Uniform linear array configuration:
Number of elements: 24
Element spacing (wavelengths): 0.25
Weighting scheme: binomial
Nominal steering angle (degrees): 30
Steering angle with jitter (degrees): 29.71
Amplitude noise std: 0.05
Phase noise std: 0.05

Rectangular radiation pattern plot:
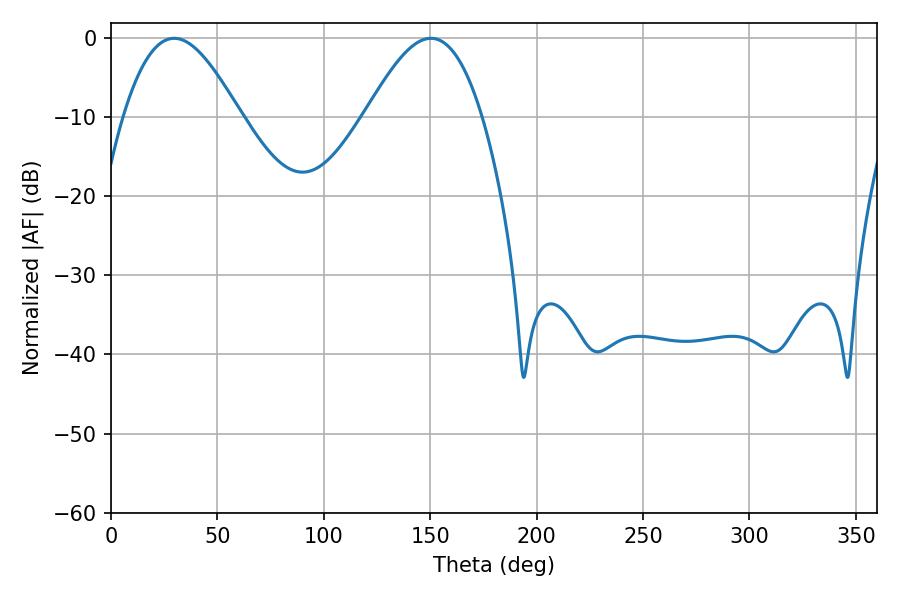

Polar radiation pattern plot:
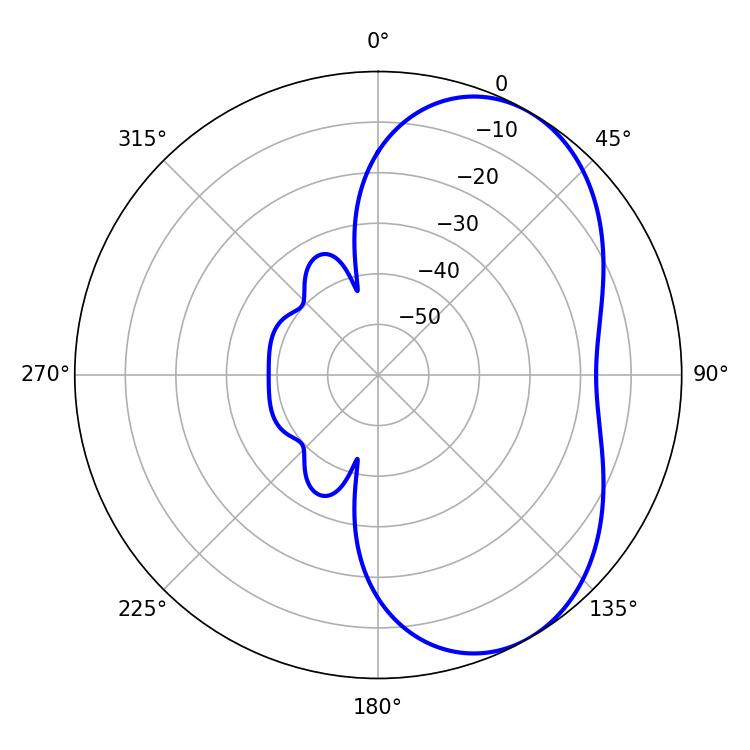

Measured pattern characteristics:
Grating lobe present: FALSE
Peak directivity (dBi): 5.227
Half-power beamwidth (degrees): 29.52
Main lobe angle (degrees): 29.7